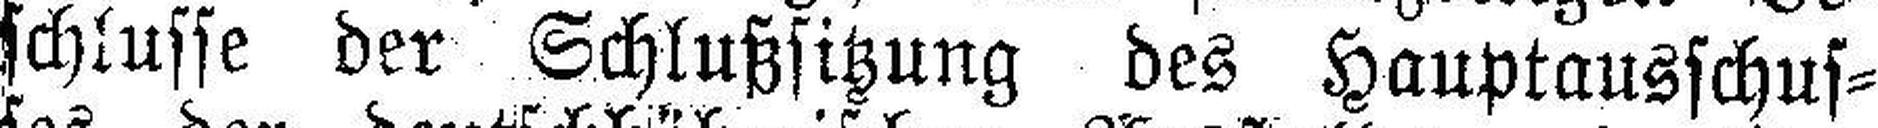
schlusse der Schlußsitzung des Hauptausschus¬